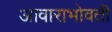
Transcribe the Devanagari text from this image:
आवाराभोवती